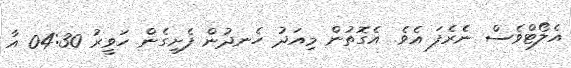
އެލޯޓްވެސް ނެެރެފަ އެވެ. އެގޮތުން މިއަދު ހެނދުން ފެށިގެން ހަވީރު 04:30 އާ